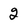
Character: 2